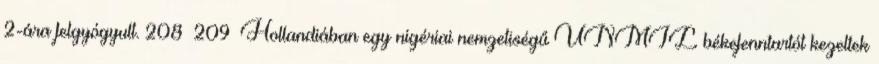
2-ára felgyógyult. 208 209 Hollandiában egy nigériai nemzetiségű UNMIL békefenntartót kezeltek